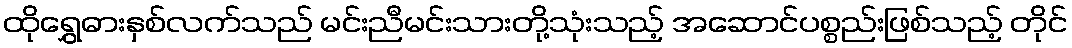
ထိုရွှေဓားနှစ်လက်သည် မင်းညီမင်းသားတို့သုံးသည့် အဆောင်ပစ္စည်းဖြစ်သည့် တိုင်